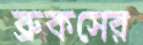
ব্রুকসের